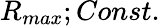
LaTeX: R_{max};Const.